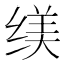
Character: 𱺩